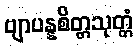
ဗျာပန္နစိတ္တသုတ္တံ